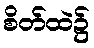
စိတ်ထဲ၌